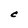
Character: C